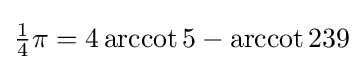
{\textstyle {\tfrac {1}{4}}\pi =4\operatorname {arccot} 5-\operatorname {arccot} 239}